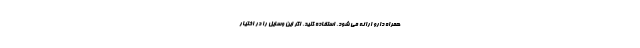
همراه دارو ارائه می شود، استفاده کنید. اگر این وسایل را در اختیار